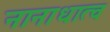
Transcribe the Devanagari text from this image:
नानाधात्व